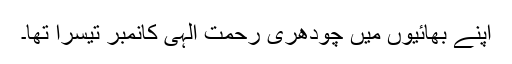
اپنے بھائیوں میں چودھری رحمت الٰہی کانمبر تیسرا تھا۔